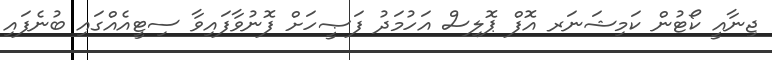
ޖިނާއީ ކޯޓުން ކަމިޝަނަރ އޮފް ޕޮލިސް އަހުމަދު ފަޞީހަށް ފޮނުވާފައިވާ ސިޓީއެއްގައި ބުނެފައި